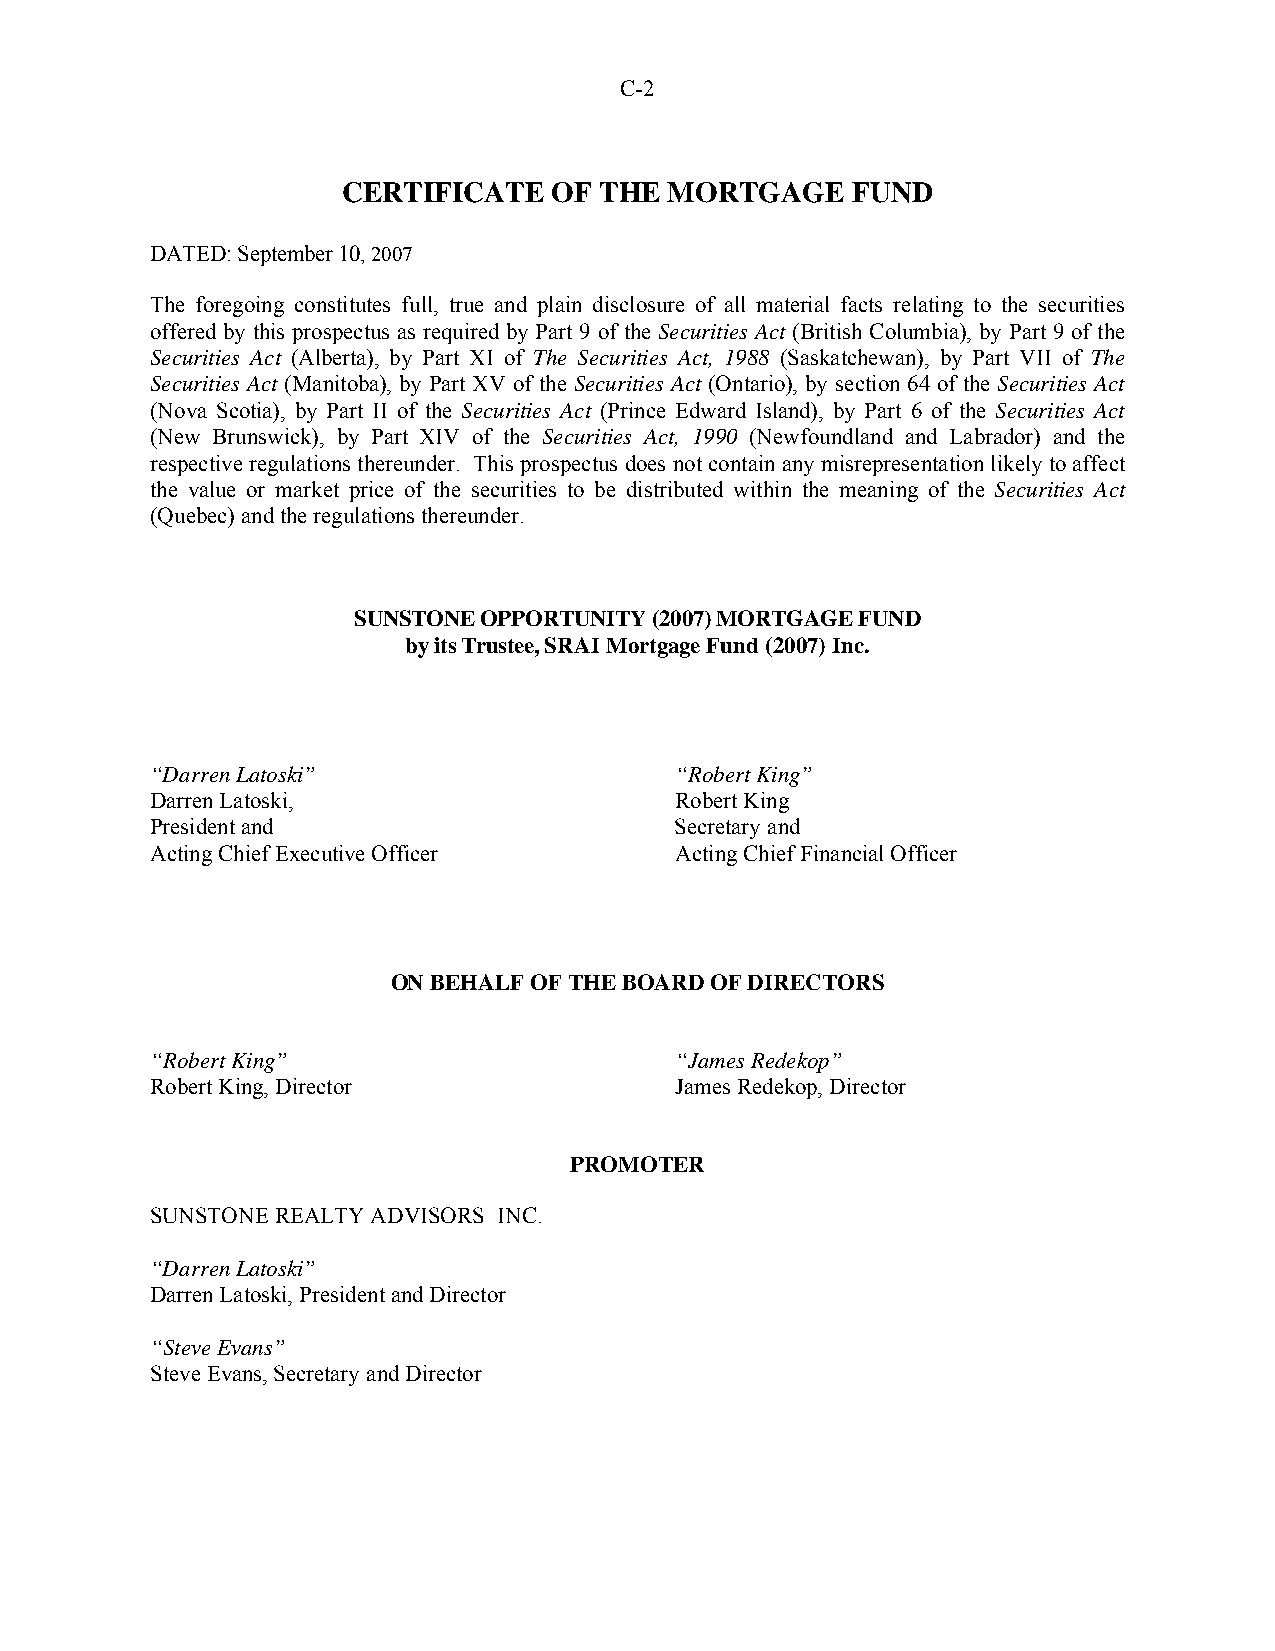
C-2
 CERTIFICATE   OF THE MORTGAGE    FUND
 DATED: September 10, 2007
 The foregoing constitutes full, true and plain disclosure of all material facts relating to the securities
 offered by this prospectus as required by Part 9 of the Securities Act (British Columbia), by Part 9 of the
 Securities Act (Alberta), by Part XI of The Securities Act, 1988 (Saskatchewan), by Part VII of The
 Securities Act (Manitoba), by Part XV of the Securities Act (Ontario), by section 64 of the Securities Act
 (Nova Scotia), by Part II of the Securities Act (Prince Edward Island), by Part 6 of the Securities Act
 (New Brunswick), by Part XIV of the Securities Act, 1990 (Newfoundland and Labrador) and the
 respective regulations thereunder. This prospectus does not contain any misrepresentation likely to affect
 the value or market price of the securities to be distributed within the meaning of the Securities Act
 (Quebec) and the regulations thereunder.
 SUNSTONE OPPORTUNITY (2007) MORTGAGE FUND
 by its Trustee, SRAI Mortgage Fund (2007) Inc.
 “Darren Latoski”                   “Robert King”
 Darren Latoski,                    Robert King
 President and                      Secretary and
 Acting Chief Executive Officer     Acting Chief Financial Officer
 ON BEHALF OF THE BOARD OF DIRECTORS
 “Robert King”                      “James Redekop”
 Robert King, Director              James Redekop, Director
 PROMOTER
 SUNSTONE REALTY ADVISORS INC.
 “Darren Latoski”
 Darren Latoski, President and Director
 “Steve Evans”
 Steve Evans, Secretary and Director